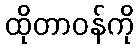
ထိုတာဝန်ကို